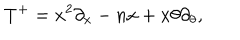
T ^ { + } = x ^ { 2 } \partial _ { x } - n x + x \theta \partial _ { \theta } ,